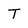
Character: T